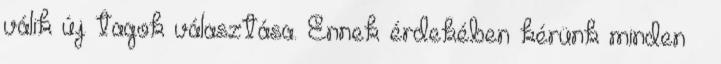
válik új tagok választása. Ennek érdekében kérünk minden –